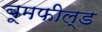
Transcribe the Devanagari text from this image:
बूमफील्ड